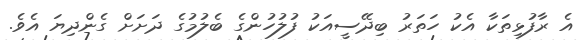
އެ ރާފުޅިތަކާ އެކު ހަތަރު ބިދޭސީއަކު ފުލުހުންގެ ބެލުމުގެ ދަށަށް ގެންދިޔަ އެވެ.